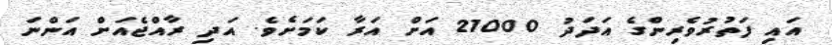
އައި ފަތުރުވެރިންގެ އަދަދު 21000 އަށް އަރާ ކަމަށެވެ. އަދި ރާއްޖެއަށް އަންނަ